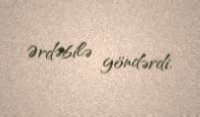
Ərdəbilə göndərdi.